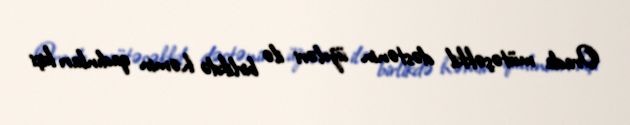
Orada mütəşəkkil dəstənin üzvləri ilə birlikdə həmin qadınları kişi